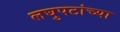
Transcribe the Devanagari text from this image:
लघुपटांच्या